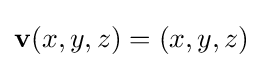
\mathbf {v} (x,y,z)=(x,y,z)